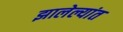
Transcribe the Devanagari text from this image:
झालेल्यांत